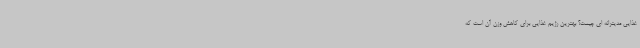
غذایی مدیترانه ای چیست؟ بهترین رژیم غذایی برای کاهش وزن آن است که